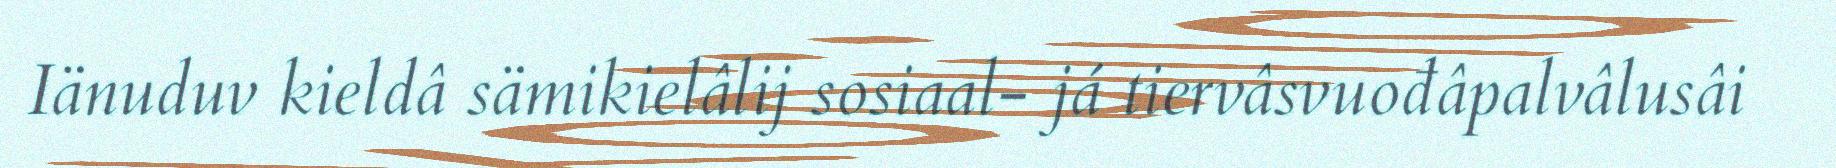
Iänuduv kieldâ sämikielâlij sosiaal- já tiervâsvuođâpalvâlusâi